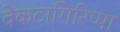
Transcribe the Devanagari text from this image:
वेंकटागिरिप्पा